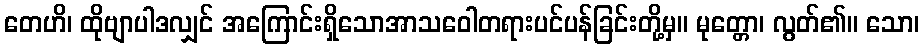
တေဟိ၊ ထိုဗျာပါဒလျှင် အကြောင်းရှိသောအာသဝေါတရားပင်ပန်ခြင်းတို့မှ။ မုတ္တော၊ လွတ်၏။ သော၊